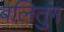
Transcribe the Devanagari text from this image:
बलितुंग